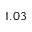
1 . 0 3